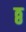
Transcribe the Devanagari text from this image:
ठ्ठ